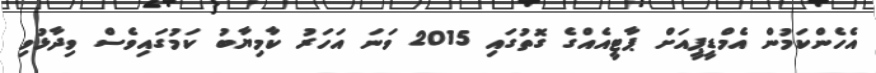
އެހެންކަމުން އެމްޑީޕީއަށް ޕާޓީއެއްގެ ގޮތުގައި 2015 ވަަނަ އަހަރު ކާމިޔާބު ކަމުގައިވެސް ވިދާޅުވި